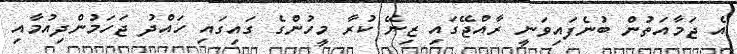
އެ ޖަމާއަތުން ބުނެފައިވަނީ ރާއްޖޭގައި ޒިނޭ ކުރާ މީހުންގެ ގައިގައި ހައްދު ޖަހަމުންދިއުމާއި